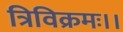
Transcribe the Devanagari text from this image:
त्रिविक्रमः।।